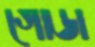
গোডা